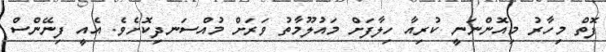
ފޮތް މިހާރު މިއޮންނަނީ ކުރިއާ ހިލާފަށް މައުލޫމާތު ވަރަށް މުއްސަނދިކޮށެވެ. އެއީ ފިނޭންސް